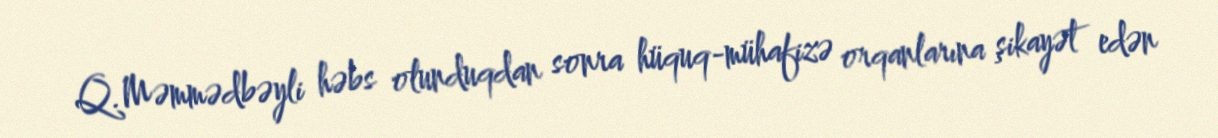
Q.Məmmədbəyli həbs olunduqdan sonra hüquq-mühafizə orqanlarına şikayət edən